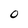
Character: 0